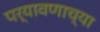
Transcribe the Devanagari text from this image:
पर्यावणाच्या